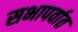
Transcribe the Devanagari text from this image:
सभापर्वात